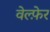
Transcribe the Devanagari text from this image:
वेल्फ़ेर